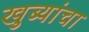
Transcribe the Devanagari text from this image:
खुब्यांचा